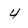
Character: 4